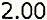
2.00